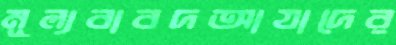
মূল্যবাবদআযাদের